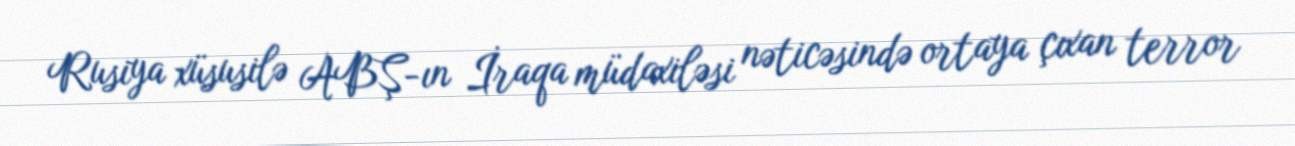
Rusiya xüsusilə ABŞ-ın İraqa müdaxiləsi nəticəsində ortaya çıxan terror